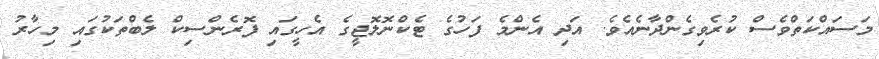
މަސައްކަތްވެސް ކުރެވިގެންދާނެއެވެ. އަދި އެންމެ ފަހުގެ ޓެކްނޮލޮޖީގެ އެހީގައި ފޮރެންސިކް ލެބްތަކުގައި މިހާރު